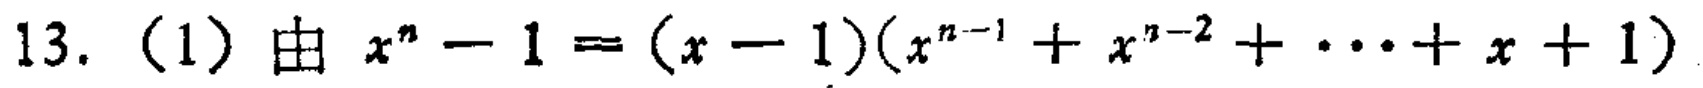
13.（1）由 \(x^{n}-1=(x - 1)(x^{n - 1}+x^{n - 2}+\cdots+x + 1)\)